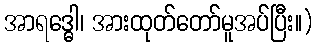
အာရဒ္ဓေါ၊ အားထုတ်တော်မူအပ်ပြီး။)